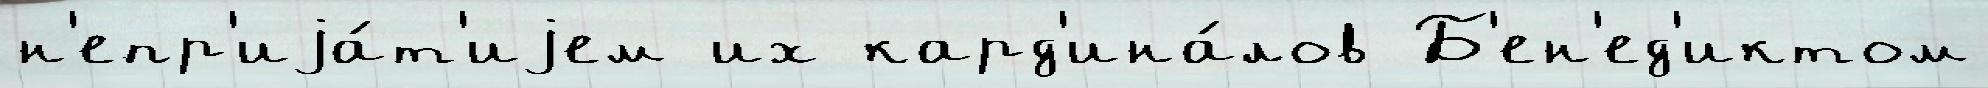
н'епр'иjа́т'иjем их кард'ина́лов Б'ен'ед'иктом